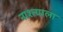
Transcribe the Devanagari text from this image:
नाश्त्याला